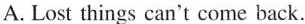
A.Lost things can't come hack.